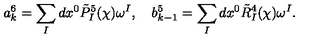
a _ { k } ^ { 6 } = \sum _ { I } d x ^ { 0 } \tilde { P } _ { I } ^ { 5 } ( \chi ) \omega ^ { I } , \quad b _ { k - 1 } ^ { 5 } = \sum _ { I } d x ^ { 0 } \tilde { R } _ { I } ^ { 4 } ( \chi ) \omega ^ { I } .